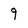
Character: 9